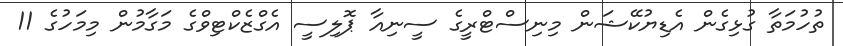
ތުހުމަތާ ގުޅިގެން އެޑިޔުކޭޝަން މިނިސްޓްރީގެ ސީނިއާ ޕޮލިސީ އެގްޒެކްޓިވްގެ މަގާމުން މިމަހުގެ 11